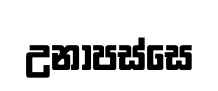
උනාපස්සෙ